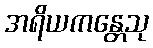
အရိယကန္တေသု